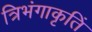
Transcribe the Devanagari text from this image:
त्रिभंगाकृतिं